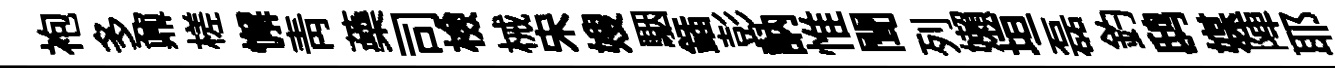
袍多鼐槎懈靑蘃司檢械宋嫂駰鍤彭訥惟聞列嬾垣磊釣鸱媒陣耶